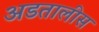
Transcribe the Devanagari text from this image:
अडतालीस